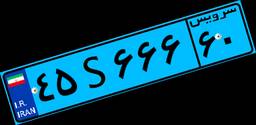
۴۲S۸۱۷۶۷